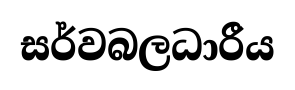
සර්වබලධාරීය